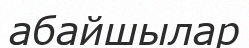
абайшылар